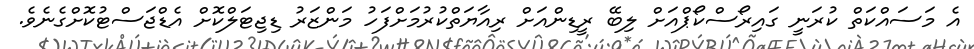
އެ މަސައްކަތް ކުރަނީ ގައިރޯސްކޯޕްއަށް ލިބޭ ރީޑިންއަށް ރިއާޔަތްކުރުމަށްފަހު މަންޒަރު ޑިޖިޓަލްކޮށް އެޑްޖަސްޓުކޮށްގެނެވެ.